Leprosy in India: report of the Leprosy Commission in India, 1890-91
Year: 1890
Disease focus: Leprosy
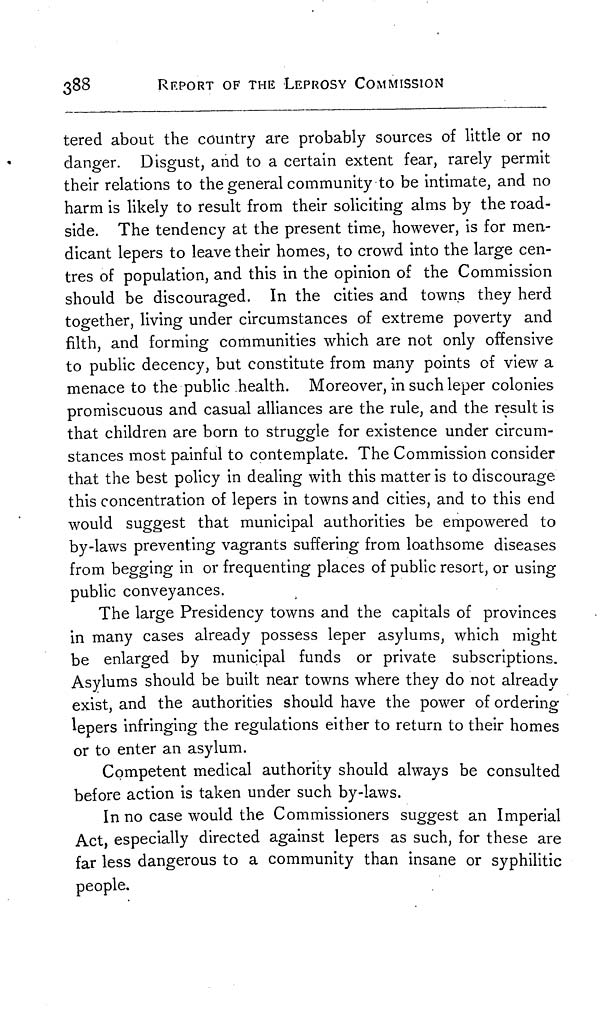
388
REPORT OF THE LEPROSY COMMISSION
tered about the country are probably sources of little or no
danger. Disgust, and to a certain extent fear, rarely permit
their relations to the general community to be intimate, and no
harm is likely to result from their soliciting alms by the road-
side. The tendency at the present time, however, is for men-
dicant lepers to leave their homes, to crowd into the large cen-
tres of population, and this in the opinion of the Commission
should be discouraged. In the cities and towns they herd
together, living under circumstances of extreme poverty and
filth, and forming communities which are not only offensive
to public decency, but constitute from many points of view a
menace to the public health. Moreover, in such leper colonies
promiscuous and casual alliances are the rule, and the result is
that children are born to struggle for existence under circum-
stances most painful to contemplate. The Commission consider
that the best policy in dealing with this matter is to discourage
this concentration of lepers in towns and cities, and to this end
would suggest that municipal authorities be empowered to
by-laws preventing vagrants suffering from loathsome diseases
from begging in or frequenting places of public resort, or using
public conveyances.
The large Presidency towns and the capitals of provinces
in many cases already possess leper asylums, which might
be enlarged by municipal funds or private subscriptions.
Asylums should be built near towns where they do not already
exist, and the authorities should have the power of ordering
lepers infringing the regulations either to return to their homes
or to enter an asylum.
Competent medical authority should always be consulted
before action is taken under such by-laws.
In no case would the Commissioners suggest an Imperial
Act, especially directed against lepers as such, for these are
far less dangerous to a community than insane or syphilitic
people.